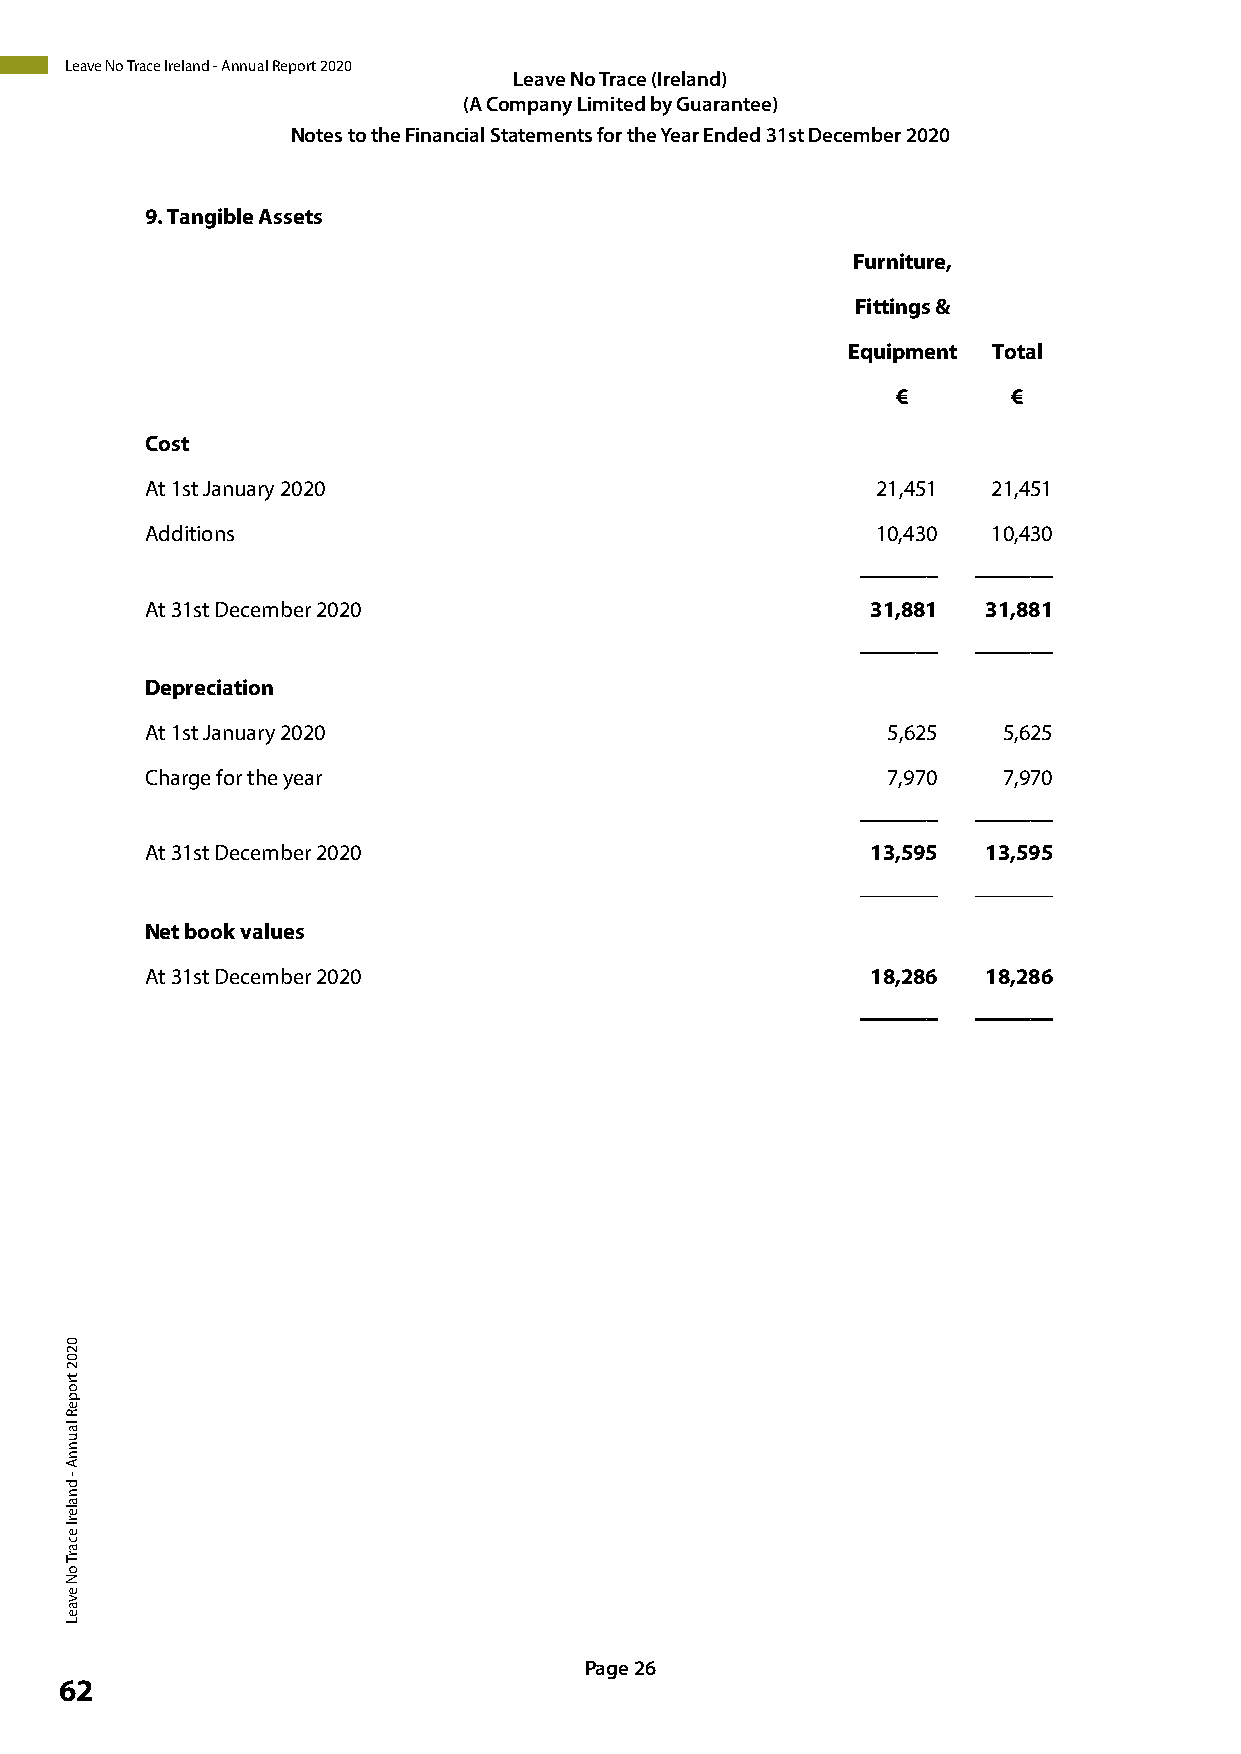
Leave No Trace Ireland - Annual Report 2020
 Leave LNeaov Te rNaoc eT r(aIcree l(aIrnedla)n d)
 (A Com(Ap Caonmy pLainmyi Lteimd ibteyd G buya Gruaanrtaenet)e e)
 Notes tNo othtees Ftoin tahnec Fiianla Sntcaitael mSteantetsm feonrt tsh feo rY theaer Y eEanrd Eendd e3d1s 3t1 Dste Dceemcebmerb e2r0 22002 0
 9.Tangible Assets
 Furniture,
 Fittings &
 Equipment Total
 €       €
 Cost
 At 1st January 2020                             21,451  21,451
 Additions                                       10,430  10,430
 _______ _______
 At 31st December 2020                           31,881 31,881
 _______ _______
 Depreciation
 At 1st January 2020                              5,625  5,625
 Charge for the year                              7,970  7,970
 _______ _______
 At 31st December 2020                           13,595 13,595
 _______ _______
 Net book values
 At 31st December 2020                           18,286 18,286
 _______ _______
 Page 26
 62
 Page 20
 0202
 tropeR
 launnA
 -
 dnalerI
 ecarT
 oN
 evaeL